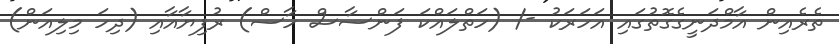
ތެރެއިން އާމްދަނީގެގޮތުގައި އަހަރަކު -/ (ހަތްލައްކަ ފަންސާސް ހާސް) ރުފިޔާއާއި (ދިހަ މިލިއަން)